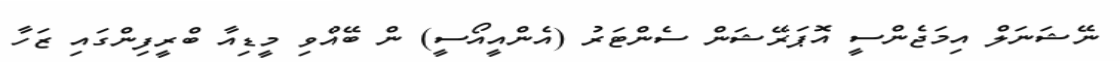
ނޭޝަނަލް އިމަޖެންސީ އޮޕަރޭޝަން ސެންޓަރު (އެންއީއޯސީ) ން ބޭއްވި މީޑިއާ ބްރީފިންގައި ޒަހާ